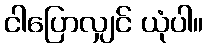
ငါပြောလျှင် ယုံပါ။